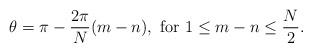
LaTeX: \begin{align*}\theta = \pi - \frac{2 \pi}{N}(m - n), \ \mbox{for} \ 1 \leq m-n \leq \frac{N}{2}.\end{align*}